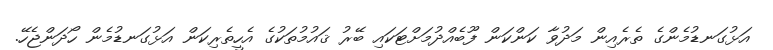
އަޅުގަނޑުމެންގެ ތެރެއިން މަދުވާ ކަންކަން ފޫބެއްދުމަށްޓަކައި ބޭރު ޤައުމުތަކުގެ އެހީތެރިކަން އަޅުގަނޑުމެން ހޯދަންޖެހޭ.